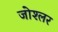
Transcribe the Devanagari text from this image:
जोश्लर